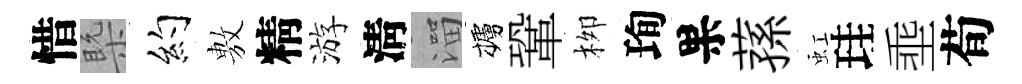
惜槩约𢾾精游淸溜櫨鞏栁珣果蓀虹珪埀荀